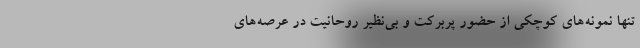
تنها نمونه‌های کوچکی از حضور پربرکت و بی‌نظیر روحانیت در عرصه‌های